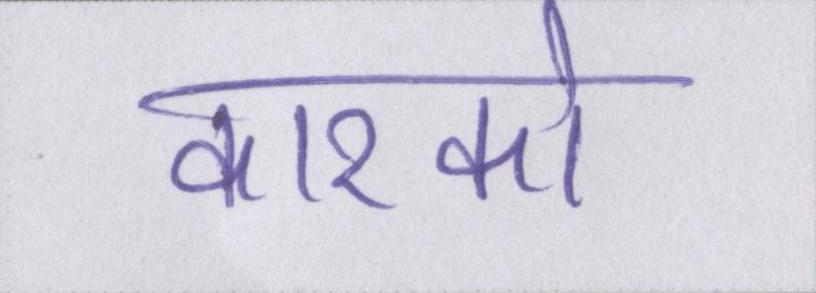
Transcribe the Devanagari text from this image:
कारको